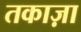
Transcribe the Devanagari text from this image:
तकाज़ा